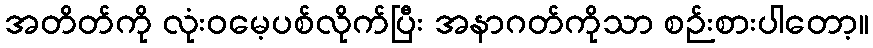
အတိတ်ကို လုံးဝမေ့ပစ်လိုက်ပြီး အနာဂတ်ကိုသာ စဉ်းစားပါတော့။